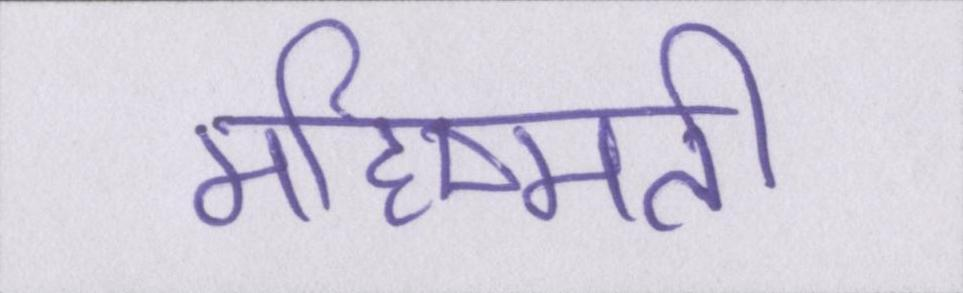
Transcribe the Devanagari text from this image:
महिष्मती